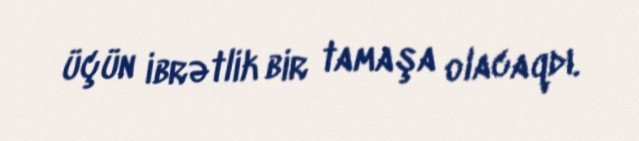
üçün ibrətlik bir tamaşa olacaqdı.